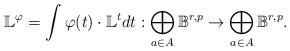
LaTeX: \begin{align*}\mathbb{L}^{\varphi}=\int \varphi(t)\cdot \mathbb{L}^{t} dt:\bigoplus_{a\in A}\mathbb{B}^{r,p}\to \bigoplus_{a\in A}\mathbb{B}^{r,p}.\end{align*}